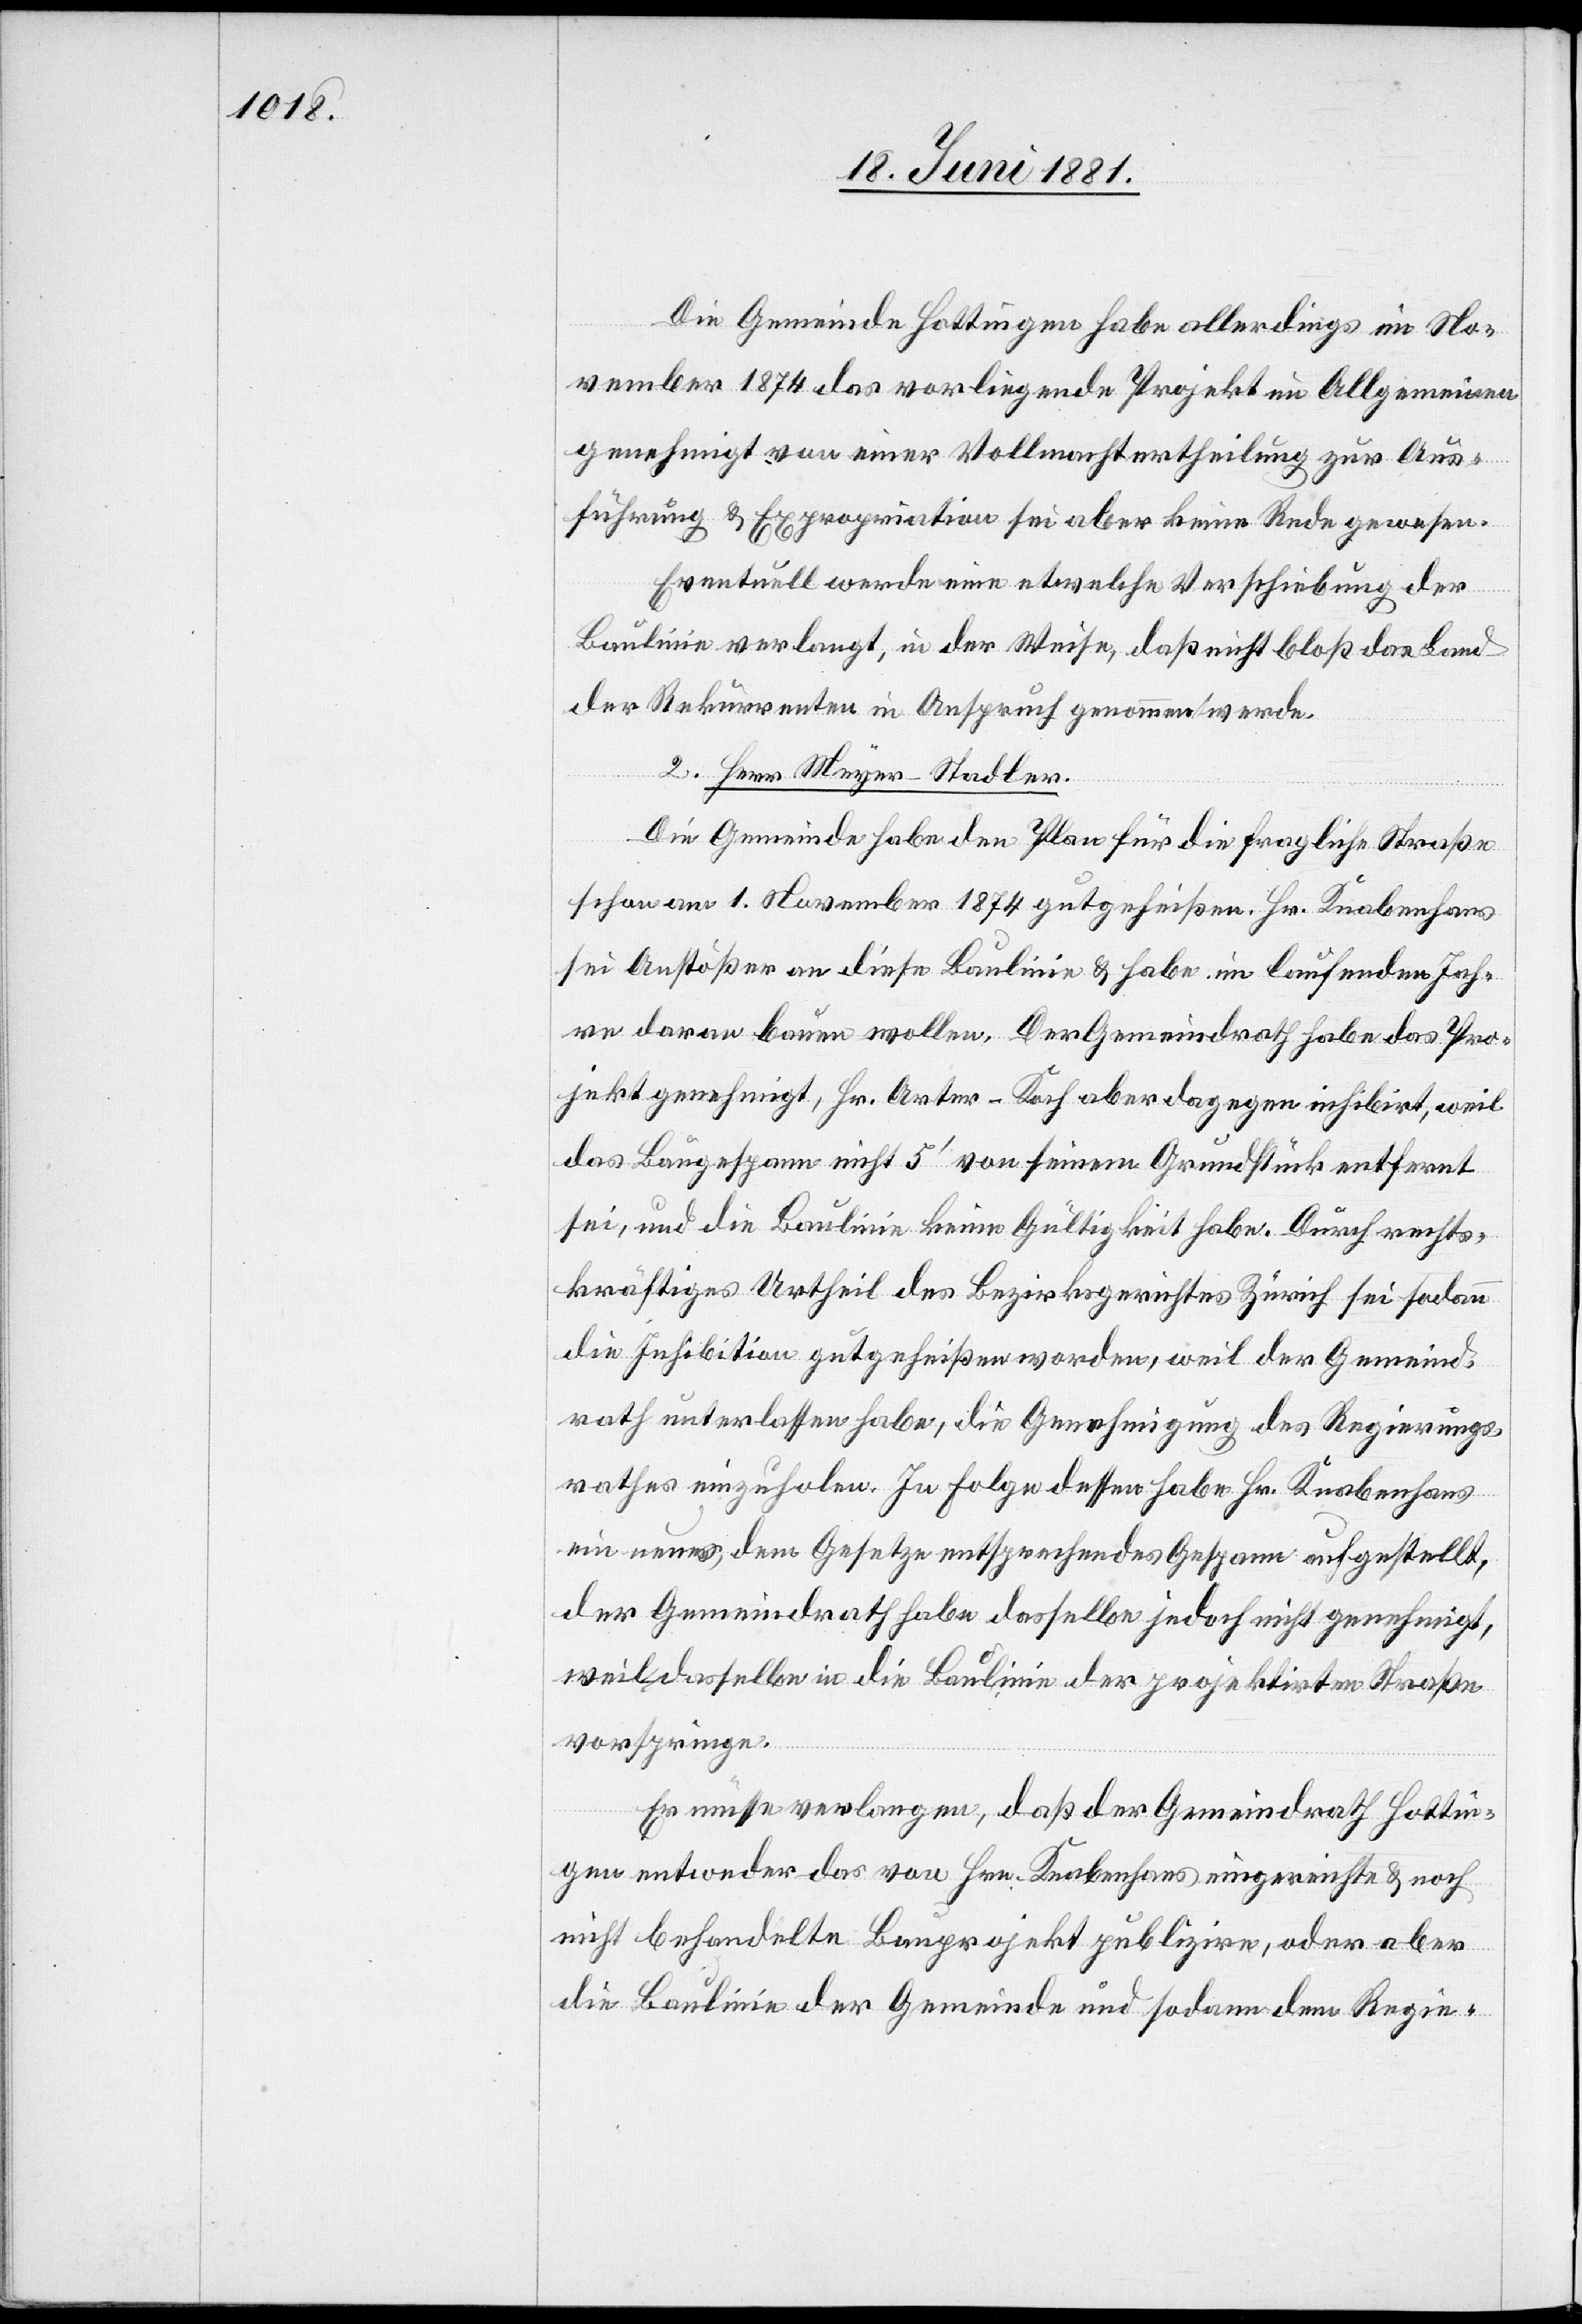
Die Gemeinde Hottingen habe allerdings im No¬
vember 1874 das vorliegende Projekt im Allgemeinen
genehmigt von einer Vollmachtertheilung zur Aus¬
führung & Expropriation sei aber keine Rede gewesen.
Eventuell werde eine etwelche Verschiebung der
Baulinie verlangt, in der Weise, daß nicht bloß das Land
der Rekurrenten in Anspruch genommen werde.
2. Herr Meyer-Stadler
Die Gemeinde habe den Plan für die fragliche Straße
schon am 1. November 1874 gutgeheißen. Hr. Knabenhans
sei Anstößer an diese Baulinie & habe im laufenden Jah¬
re daran bauen wollen. Der Gemeindrath habe das Pro¬
jekt genehmigt, Hr. Arter-Koch aber dagegen inhibirt, weil
das Baugespann nicht 5‘ von seinem Grundstücke entfernt
sei, und die Baulinie keine Gültigkeit habe. Durch rechts¬
kräftiges Urtheil des Bezirksgerichtes Zürich sei sodann
die Inhibition gutgeheißen worden, weil der Gemeind¬
rath unterlassen habe, die Genehmigung des Regierungs¬
rathes einzuholen. In Folge dessen habe Hr. Knabenhans
ein neues, dem Gesetze entsprechendes Gespann aufgestellt,
der Gemeindrath habe dasselbe jedoch nicht genehmigt,
weil dasselbe in die Baulinie der projektirten Straße
vorspringe.
Er müsse verlangen, daß der Gemeindrath Hottin¬
gen entweder das von Hrn. Knabenhans eingereichte & noch
nicht gehandelte Bauprojekt publizire, oder aber
die Baulinie der Gemeinde und sodann dem Regie-